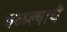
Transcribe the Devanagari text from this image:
वळल्याचे